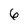
Character: 6